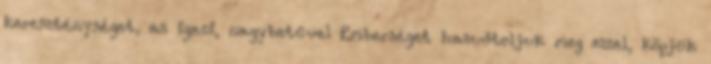
kereszténységet, az igazi, nagybetűvel Emberséget hazudtoljuk meg ezzel, köpjük